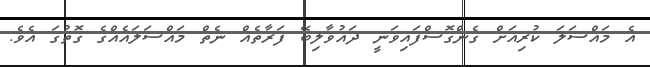
އެ މައްސަލަ ކުރިއަށް ގެންގޮސްފައިވަނީ ދައުވާލިބޭ ފަރާތެއް ނެތް މައްސަލައެއްގެ ގޮތުގަ އެވެ.